system: You are a helpful assistant.
user:
Analyze the provided spectrum to determine if it is a **"Cataclysmic Variables (CV)"**.

- **Key Indicators for CV (Check for either state):**
    - **State 1: Quiescent / Low-State (Emission-Dominated)**
        - **(Primary):** Strong and *very broad* Hydrogen Balmer emission lines (e.g., $H\alpha$ at 6563 Å, $H\beta$ at 4861 Å). The 'broadness' (high velocity dispersion, often FWHM > 1000 km/s) is the key diagnostic, indicating a high-velocity accretion disk.
        - **(Secondary):** Broad neutral Helium (He I) emission lines (e.g., 5876 Å, 6678 Å).
        - **(Key Confirmation):** Presence of high-excitation *ionized* Helium (He II) emission at 4686 Å. This is a strong indicator of accretion onto a white dwarf.
        - **(Line Profile):** Emission lines may exhibit a 'double-peaked' profile, which is a classic signature of a rotating accretion disk viewed at high inclination.

    - **State 2: Outburst / High-State (Absorption-Dominated)**
        - **(Primary):** Spectrum is dominated by a bright, blue continuum (looks like a hot star).
        - **(Secondary):** The emission lines from State 1 are weak, absent, or 'filled in', and are replaced by broad, shallow *absorption* lines (primarily Balmer and He I).
        - **(Morphology):** The overall spectrum mimics a hot B/A-type star. The crucial difference is that the absorption lines are significantly broader, shallower, and more 'washed-out' (or 'smeared') than the sharp lines of a normal stellar photosphere, due to high rotational speeds and pressure broadening in the disk.

Think first, call **spectral_visualization_tool** if needed to examine features in detail, then provide your final answer. Your response must adhere to the following strict rules:
1.  **Overall Structure:** Your response must follow the format `<think>...</think> <tool_call>...</tool_call> (if a tool is used) <answer>...</answer>`.
2.  **Tool Usage Constraint:** You may only make **one** tool call per turn.
3.  **Final Answer Format:** In the `<answer>` tag, your conclusion must be inside a `\boxed{}` command (e.g., `\boxed{YES}`), followed by your justification.

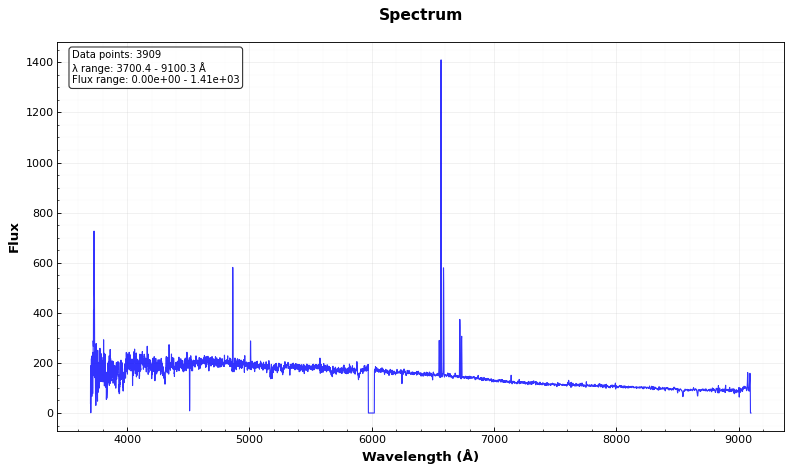
Answer: NO